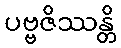
ပဗ္ဗဇိဿန္တိ